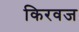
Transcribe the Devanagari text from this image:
किरवज